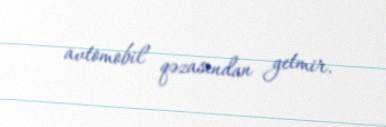
avtomobil qəzasından getmir.